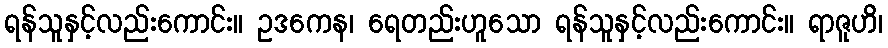
ရန်သူနှင့်လည်းကောင်း။ ဥဒကေန၊ ရေတည်းဟူသော ရန်သူနှင့်လည်းကောင်း။ ရာဇူဟိ၊